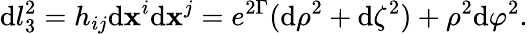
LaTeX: \mathrm{d}l_{3}^{2}=h_{ij}\mathrm{d}\mathbf{x}^{i}\mathrm{d}\mathbf{x}^{j}=e^{2\Gamma}(\mathrm{d}\rho^{2}+\mathrm{d}\zeta^{2})+\rho^{2}\mathrm{d}\varphi^{2}.